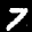
Label: 7